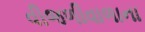
વીજળીવાળાના